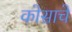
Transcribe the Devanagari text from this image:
कोसाचे